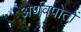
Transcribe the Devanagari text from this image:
अर्णवपोतों